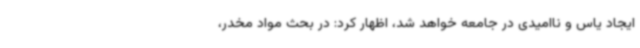
ایجاد یاس و ناامیدی در جامعه خواهد شد، اظهار کرد: در بحث مواد مخدر،